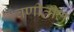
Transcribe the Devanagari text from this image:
वणीतील